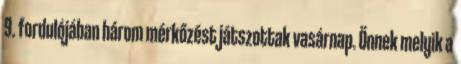
9. fordulójában három mérkőzést játszottak vasárnap. Önnek melyik a